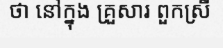
ថា នៅក្នុង គ្រួសារ ពួកស្រី